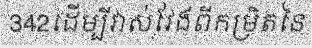
342ដើម្បីវាស់វែងពីកម្រិតនៃ